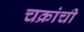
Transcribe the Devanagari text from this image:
चक्रांची